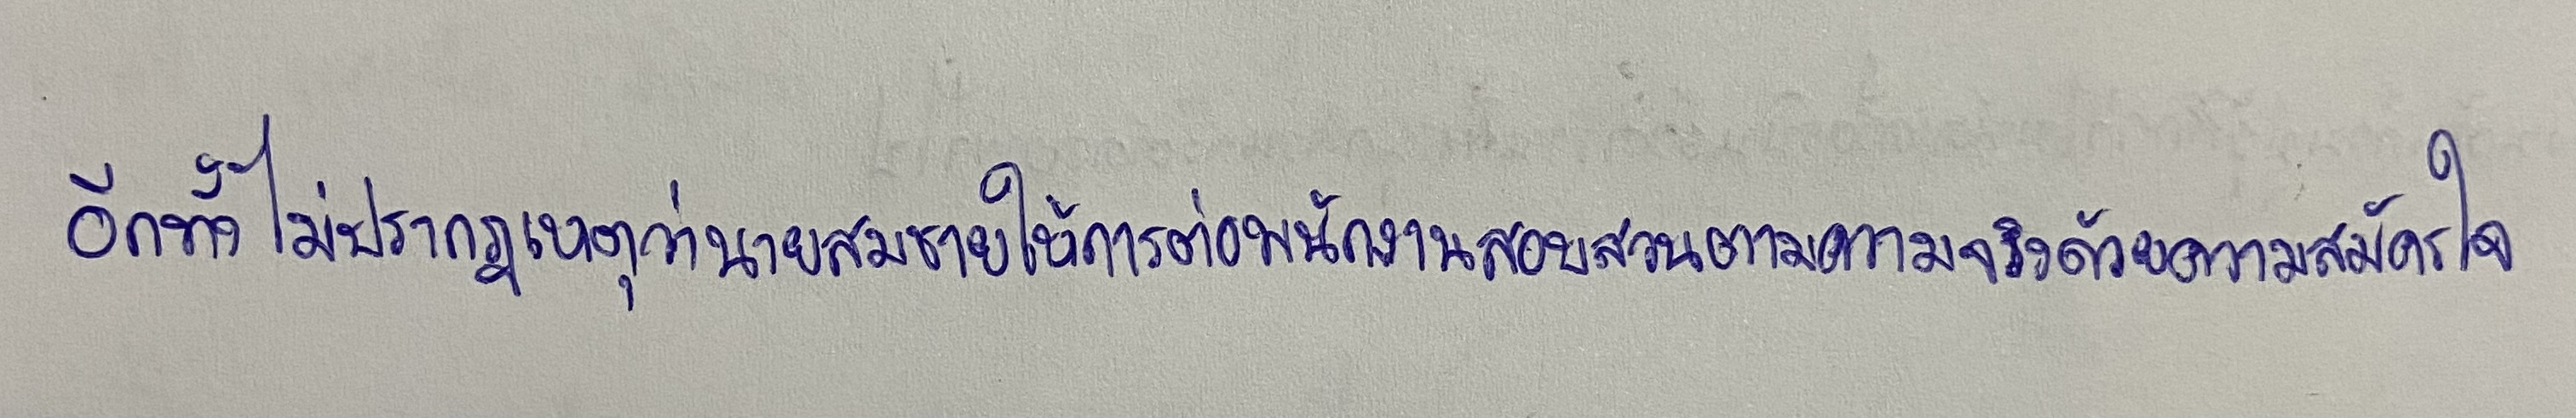
อีกทั้งไม่ปรากฏเหตุว่านายสมชายให้การต่อพนักงานสอบสวนตามความจริงด้วยความสมัครใจ